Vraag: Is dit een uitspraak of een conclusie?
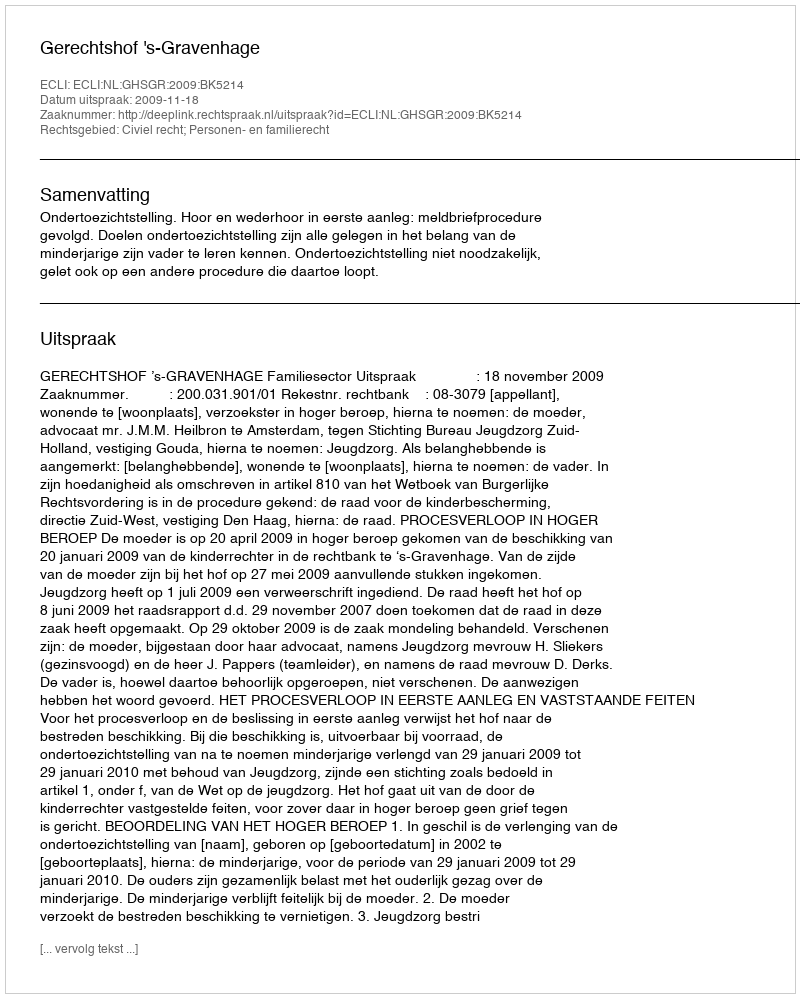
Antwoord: Uitspraak